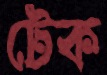
টেক